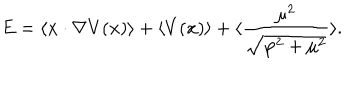
LaTeX: E = \langle { \bf x } \cdot \nabla V ( { \bf x } ) \rangle + \langle V ( { \bf x } ) \rangle + \langle { \frac { { \mu } ^ { 2 } } { \sqrt { { \bf p } ^ { 2 } + { \mu } ^ { 2 } } } } \rangle .